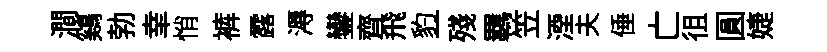
澗鷄勃𦍒悄裤露溽鑾齊飛豹一殘羈笠湮夫倕亡徂圓婕